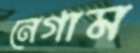
নেগাম